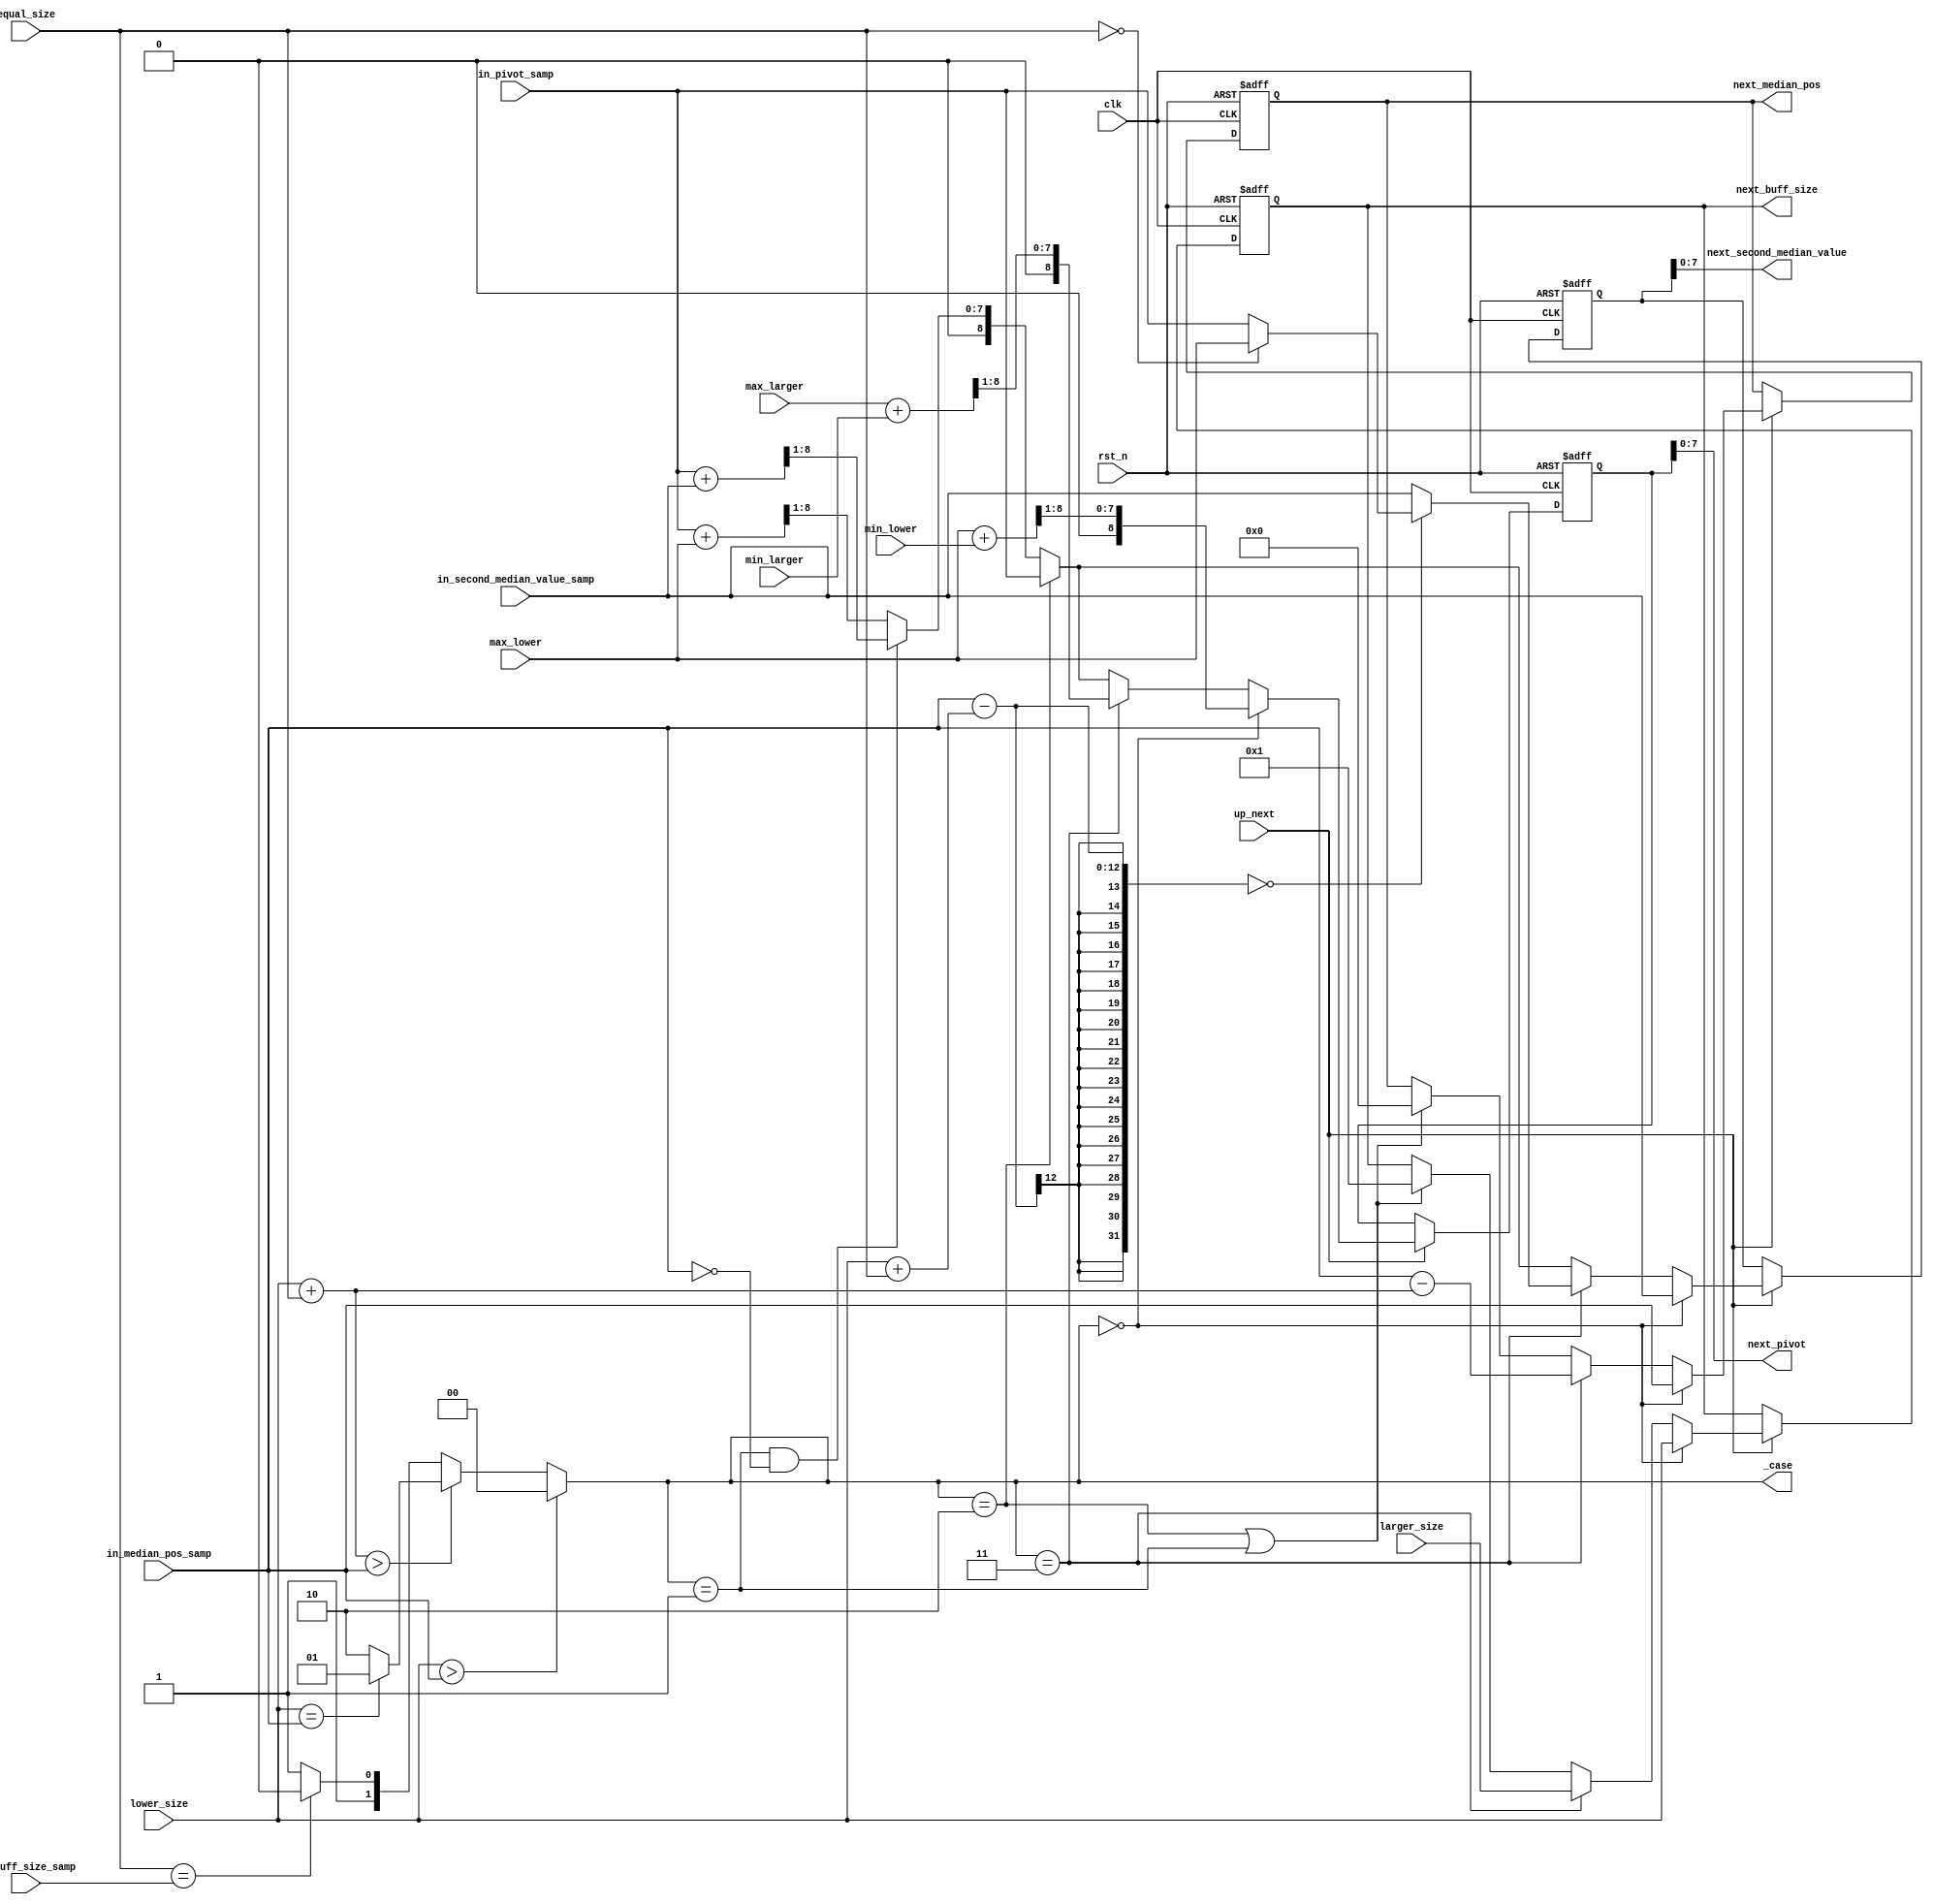
`timescale 1ns / 1ps

module next_logic #(
    parameter MEDIAN_POS = 11'd512,  // default 1024/2
        BUFF_SIZE = 11'd1024,
        BUFF_SIZE_BIT = $clog2(BUFF_SIZE)+1,
        
        LOW=2'b00, EQ0=2'b01, EQ1=2'b10, LARG=2'b11

    ) (
   	input wire clk, 
    input wire rst_n,
    
    // CONTROL DATA
    output reg [1:0] _case, // case of next data
	input wire up_next, 	// update next
    /*
     * "CONTROL" INPUT DATA: lower_size, equal_size, larger_size, max_lower, min_lower, max_larger, min_larger
     */
    input wire [BUFF_SIZE_BIT-1:0] lower_size,	// buffer sizes
    input wire [BUFF_SIZE_BIT-1:0] equal_size,
    input wire [BUFF_SIZE_BIT-1:0] larger_size,
    
    input wire [8:0] max_lower,  min_lower,		// min and max values
    input wire [8:0] max_larger, min_larger,
    
    /*
 	 * 	"EXTERNAL" INPUT DATA: in_pivot_samp, in_median_pos_samp 
 	 */
	input wire [BUFF_SIZE_BIT-1:0] in_buff_size_samp,
    input wire [8:0] in_pivot_samp,						
    input wire [BUFF_SIZE_BIT-1:0] in_median_pos_samp,	
    input wire [8:0] in_second_median_value_samp,	

    /*
     * OUTPUT DATA: next_pivot, next_buff_size, next_median_pos, next_second_median_value
     */
    output wire [7:0] next_pivot,
    output reg [BUFF_SIZE_BIT-1:0] next_buff_size,   
    output reg [BUFF_SIZE_BIT-1:0] next_median_pos,
    output wire [7:0] next_second_median_value
    
    );

	reg [8:0] _next_pivot;	// an added bit because of the mean computation
	reg [8:0] _next_second_median_value;
	assign next_pivot = _next_pivot[7:0];
	assign next_second_median_value = _next_second_median_value[7:0];
	
	//reg [1:0] _case;	// 

	always@(lower_size, in_pivot_samp, in_median_pos_samp, equal_size, in_buff_size_samp)
		if(lower_size > in_median_pos_samp)
			_case = LOW;					// _case 00: the median is inside the lower buffer
		else if ((lower_size + equal_size) > in_median_pos_samp)
			if(BUFF_SIZE[0] == 1'b0 && lower_size == in_median_pos_samp)
				_case = EQ0;				// _case 01: the median is inside the equal buffer, then the median is found
			else
				_case = EQ1;					// _case 10: the median is inside the equal buffer, and it has been found in a previous actor or the pivot isn't a mean
		else if(equal_size == in_buff_size_samp) 
			_case = EQ1;
		else
			_case = LARG;					// _case 11: the median is inside the larger buffer
	/*
	 * NEXT PIVOT
	 */
	always@(posedge clk, negedge rst_n)
		if(rst_n == 1'b0)
			_next_pivot <= 9'd127;
		else if(up_next==1'b1)
			if(_case==LOW)
				_next_pivot <= (max_lower + min_lower) >> 1;
			else if(_case==LARG)
				_next_pivot <= (max_larger + min_larger) >> 1;
			else if(_case==EQ1)
				_next_pivot <= {1'b0, in_pivot_samp};
			else if(_case==EQ0 && in_median_pos_samp == 0)
				_next_pivot <= (in_pivot_samp + in_second_median_value_samp) >> 1;
			else
				_next_pivot <= (in_pivot_samp + max_lower) >> 1;

	/*
     * NEXT BUFF SIZE
     */
    always@(posedge clk, negedge rst_n)
		if(rst_n == 1'b0)
			next_buff_size <= BUFF_SIZE;
		else if(up_next==1'b1)
			if(_case==LOW)
    			next_buff_size <= lower_size;
			else if(_case==LARG)
    			next_buff_size <= larger_size;
			else if(_case==EQ1 | _case==EQ0)
				next_buff_size <= {{BUFF_SIZE_BIT-1{1'b0}}, 1'b1};
	

    /*
     * NEXT MEDIAN POS
     */ 
	always@(posedge clk, negedge rst_n)
		if(rst_n == 1'b0)
			next_median_pos <= MEDIAN_POS;
		else if(up_next==1'b1)
			if(_case==LOW)
    			next_median_pos <= in_median_pos_samp;
			else if(_case==LARG)
    			next_median_pos <= in_median_pos_samp - (lower_size + equal_size);
			else if(_case==EQ1 | _case==EQ0)
				next_median_pos <= {BUFF_SIZE_BIT{1'b0}};

	/*
     * NEXT SECOND MEDIAN VALUE
     */ 	
	always@(posedge clk, negedge rst_n)
		if(rst_n == 1'b0)
			_next_second_median_value <= 8'd127;
		else if(up_next==1'b1)
			if(_case==LOW)
    			_next_second_median_value <= in_second_median_value_samp;
			else if(_case==LARG)
				if(in_median_pos_samp - (lower_size + equal_size) == 0)
					_next_second_median_value <= (equal_size == 0) ? {1'b0, max_lower} : {1'b0, in_pivot_samp};
				else 
					_next_second_median_value <= in_second_median_value_samp;			
			else if(_case==EQ1)
				_next_second_median_value <= {1'b0, in_pivot_samp};
			else if(_case==EQ0 && in_median_pos_samp == 0)
				_next_second_median_value <= (in_pivot_samp + in_second_median_value_samp) >> 1;
			else
				_next_second_median_value <= (in_pivot_samp + max_lower) >> 1;

    
  
endmodule